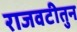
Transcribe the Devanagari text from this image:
राजवटीतुन